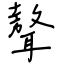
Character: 聱